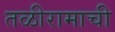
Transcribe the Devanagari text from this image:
तळीरामाची